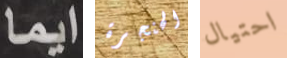
ايما الحنجرة احتيال